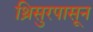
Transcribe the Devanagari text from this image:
थ्रिसुरपासून